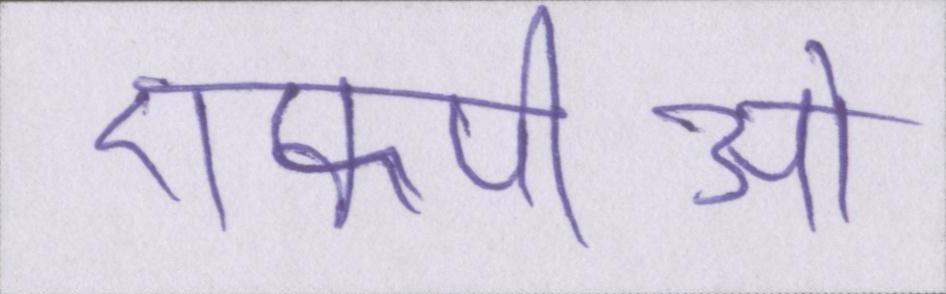
एफपीओ